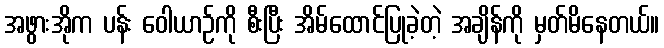
အဖွားအိုက ပန်း ဝေါယာဉ်ကို စီးပြီး အိမ်ထောင်ပြုခဲ့တဲ့ အချိန်ကို မှတ်မိနေတယ်။